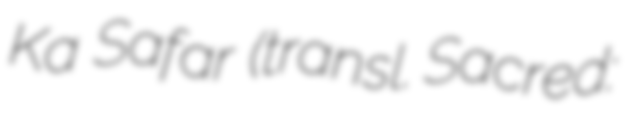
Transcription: Ka Safar (transl. Sacred: